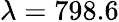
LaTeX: \lambda=798.6